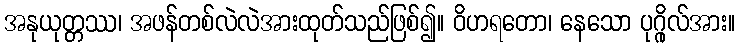
အနုယုတ္တဿ၊ အဖန်တစ်လဲလဲအားထုတ်သည်ဖြစ်၍။ ဝိဟရတော၊ နေသော ပုဂ္ဂိုလ်အား။